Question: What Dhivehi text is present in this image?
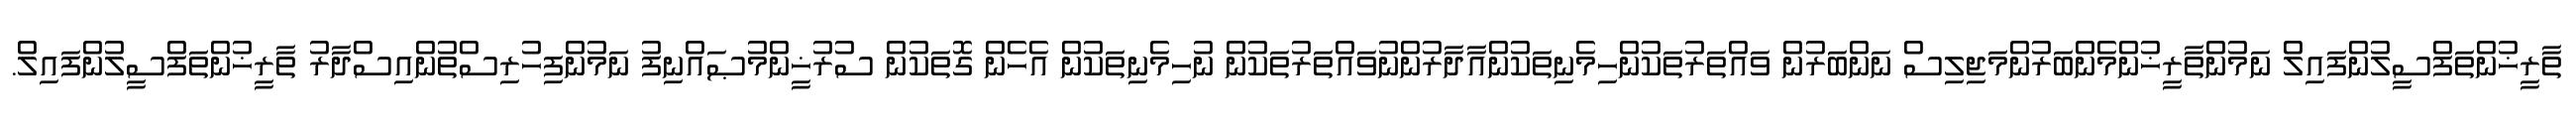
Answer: ތާރީޚުންތަފްސީލުންފައިލް ނަމުންތާރީޚުންމެންބަރުންމަޖިލިސް ނަންބަރުން ވައްތަރުތަކުންހިމެނިތަކުންއާދާރުންނުވައްތަރުތަކުން ނުހިމެނިތަކުން އެހެން ގޮތަކުން ސުރުޚީންމުޞައްނިފު ނަމުންފިހުރިސްތުންއިސްދާރު ތާރީޚުންތަފްސީލުންފައިލް.